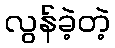
လွန်ခဲ့တဲ့